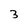
Character: 3